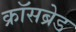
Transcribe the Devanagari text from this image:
क्रॉसब्रेड